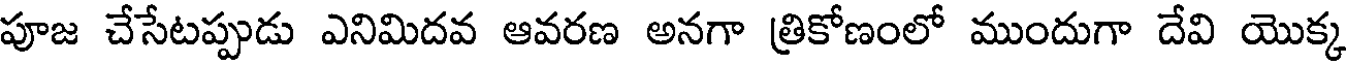
పూజ చేసేటప్పుడు ఎనిమిదవ ఆవరణ అనగా త్రికోణంలో ముందుగా దేవి యొక్క